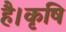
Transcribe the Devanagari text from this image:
है।कृषि